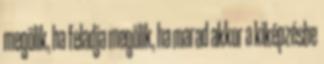
megölik, ha feladja megölik, ha marad akkor a kiképzésbe